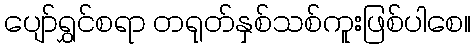
ပျော်ရွှင်စရာ တရုတ်နှစ်သစ်ကူးဖြစ်ပါစေ။